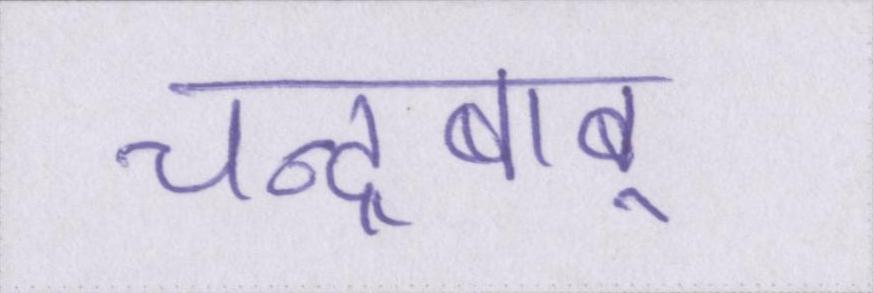
चन्द्रबाबू